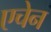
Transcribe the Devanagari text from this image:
एचेन